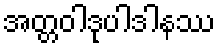
အတ္တဝါဒုပါဒါနဿ